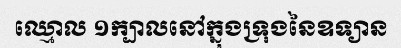
ឈ្មោល ១ក្បាលនៅក្នុងទ្រុងនៃឧទ្យាន